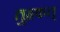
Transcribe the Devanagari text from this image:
तुहफत्